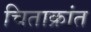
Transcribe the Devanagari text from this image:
चिताक्रांत